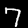
Label: 7